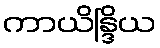
ကာယိန္ဒြိယ